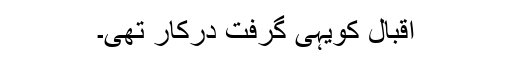
اقبال کویہی گرفت درکار تھی۔